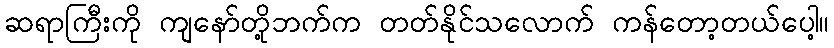
ဆရာကြီးကို ကျနော်တို့ဘက်က တတ်နိုင်သလောက် ကန်တော့တယ်ပေါ့။